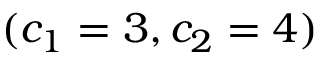
( c _ { 1 } = 3 , c _ { 2 } = 4 )